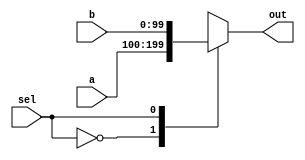
module top_module(
    input [99:0] a,b,
    input sel,
    output reg [99:0] out
);
//always    reg 
    always @(*) begin
        case(sel)
        0:out=a;
        1:out=b;
        endcase

    end


endmodule